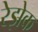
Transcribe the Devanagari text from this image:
रेझेक